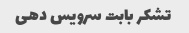
تشکر بابت سرویس دهی